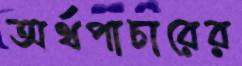
অর্থপাচারের